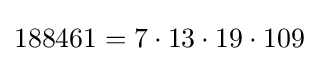
188461=7\cdot 13\cdot 19\cdot 109